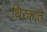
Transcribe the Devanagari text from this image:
थिरकाते